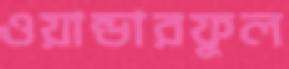
ওয়ান্ডারফুল